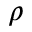
\rho